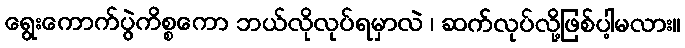
ရွေးကောက်ပွဲကိစ္စကော ဘယ်လိုလုပ်ရမှာလဲ ၊ ဆက်လုပ်လို့ဖြစ်ပါ့မလား။